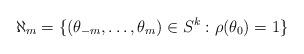
LaTeX: \begin{align*} \aleph_m=\{(\theta_{-m},\ldots,\theta_m)\in S^k:\rho(\theta_0)=1 \}\end{align*}